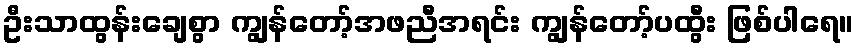
ဦးသာထွန်းချေစွာ ကျွန်တော့်အဖညီအရင်း ကျွန်တော့်ပထွီး ဖြစ်ပါရေ။